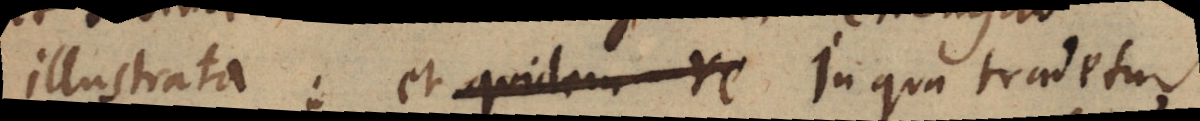
illustrata: et quidam re In qua tradetur